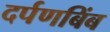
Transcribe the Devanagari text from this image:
दर्पणबिंब